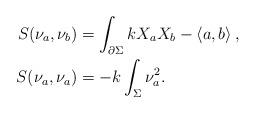
LaTeX: \begin{align*}S(\nu_a, \nu_b)&=\int_{\partial \Sigma}kX_a X_b-\left\langle{a,b}\right\rangle,\\S(\nu_a, \nu_a) &=-k\int_{\Sigma} \nu_a^2.\end{align*}